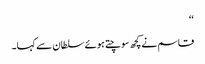
‘‘
قاسم نے کچھ سوچتے ہوئے سلطان سے کہا۔